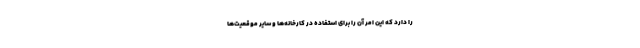
را دارد که این امر آن را برای استفاده در کارخانه‌ها و سایر موقعیت‌ها